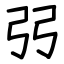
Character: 弜